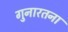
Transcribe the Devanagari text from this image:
गुनारतना